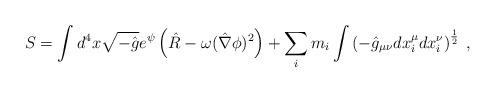
LaTeX: \begin{align*}S = \int d^4 x \sqrt{- \hat{g}} e^{\psi} \left( \hat{R} - \omega (\hat{\nabla} \phi)^2 \right) + \sum_i m_i \int \left( - \hat{g}_{\mu \nu} d x^{\mu}_i d x^{\nu}_i \right)^{\frac{1}{2}} \; ,\end{align*}